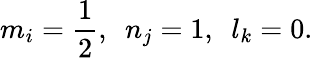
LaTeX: m_{i}=\frac{1}{2},\, \, \, n_{j}=1,\, \, \, l_{k}=0.